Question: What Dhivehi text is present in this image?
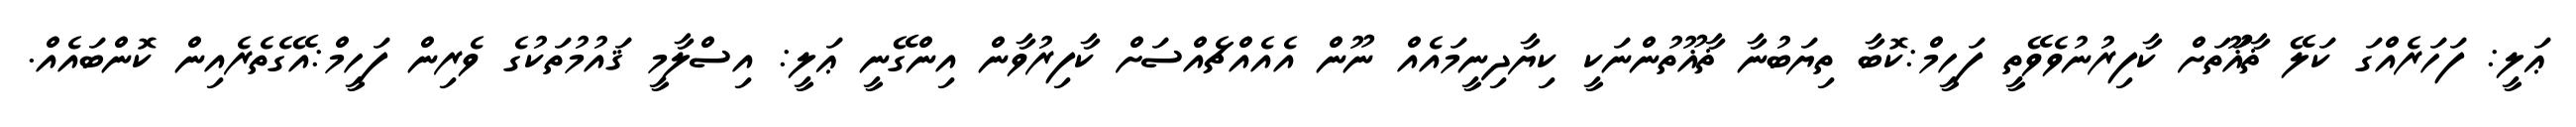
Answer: ޢަލީ: ފަހަރެއްގަ ކަލޭ ޡާޣޫަތަށް ކާފިރުނުވެވޭތީ ފަހީމް:ކޮބާ ތިޔަބުނާ ޡާޣޫތުންނަކީ ކިޔާދިނީމައެއް ނޫން އެއެއްޗެއްސަށް ކާފިރުވާން އިންގޭނީ ޢަލީ: އިސްލާމީ ޤައުމުތަކުގެ ވެރިން ފަހީމް:އޭގެތެރެއިން ކޮންބައެއް.